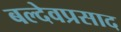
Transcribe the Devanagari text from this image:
बल्देवप्रसाद